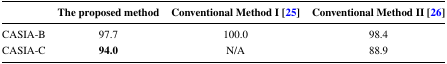
<table><thead><tr><td></td><td><b>The proposed method</b></td><td><b>Conventional Method I [25]</b></td><td><b>Conventional Method II [26]</b></td></tr></thead><tbody><tr><td>CASIA-B</td><td>97.7</td><td>100.0</td><td>98.4</td></tr><tr><td>CASIA-C</td><td><b>94.0</b></td><td>N/A</td><td>88.9</td></tr></tbody></table>